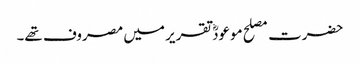
حضرت مصلح موعودؓ تقریر میں مصروف تھے۔